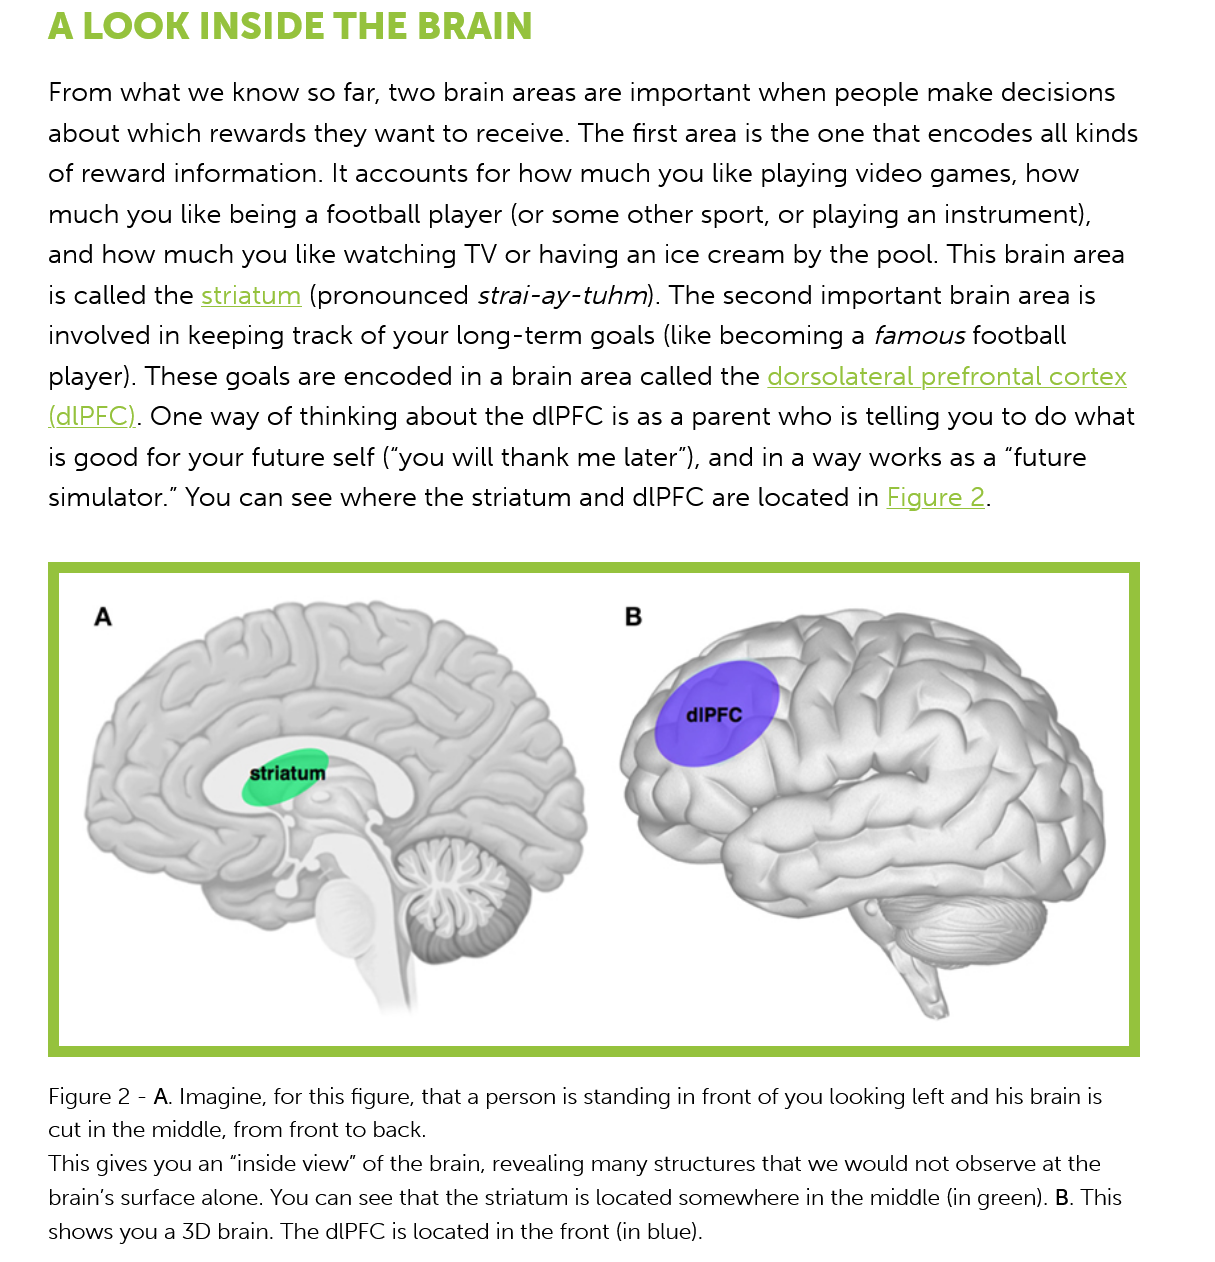
A   LOOK  INSIDE    THE    BRAIN
     From  what we  know so far, two brain areas are important  when  people  make  decisions
     about which  rewards  they want to receive. The first area is the one that encodes all kinds
     of reward information. It accounts for how  much you like  playing video games,  how
     much you like  being a football player (or some other sport, or playing an instrument),
     and how  much you like  watching  TV  or having an ice cream  by the pool. This brain area
     is called the striatum (pronounced strai-ay-tuhm). The  second  important brain area is
     involved in keeping track of your long-term  goals (like becoming a famous football
     player). These goals are encoded in a brain area called the dorsolateral prefrontal cortex
    (dIPFC). One  way  of thinking about the dlPFC is as a parent who is telling you to do what
     is good for your future self (“you will thank me later’), and in a way works as a “future
     simulator.” You can see where the  striatum and dlPFC  are located in Figure
     2.
     dIPFC
     Figure 2
     -
     A. Imagine, for this figure, that a person is standing in front of you looking left and his brain is
     cut in the middle, from front to back.
    This gives you an “inside view” of the brain, revealing many structures that we would not observe at the
     brain's surface alone. You can see that the striatum is located somewhere in the middle (in green). B. This
     shows you a 3D brain. The dlPFC is located in the front (in blue).